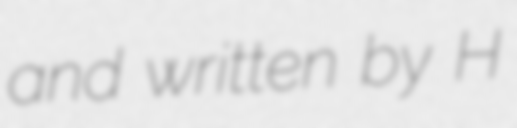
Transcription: and written by H